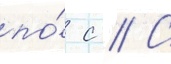
по́ с // С